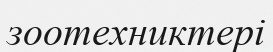
зоотехниктері